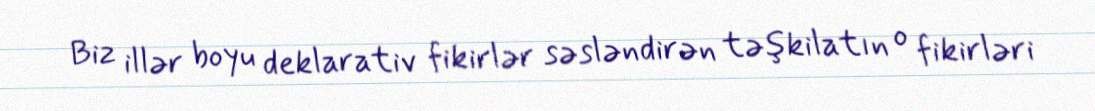
Biz illər boyu deklarativ fikirlər səsləndirən təşkilatın o fikirləri